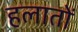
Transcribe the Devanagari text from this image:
हलातों